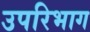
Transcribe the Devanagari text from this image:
उपरिभाग